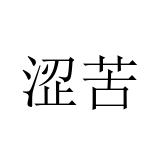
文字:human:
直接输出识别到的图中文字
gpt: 涩苦